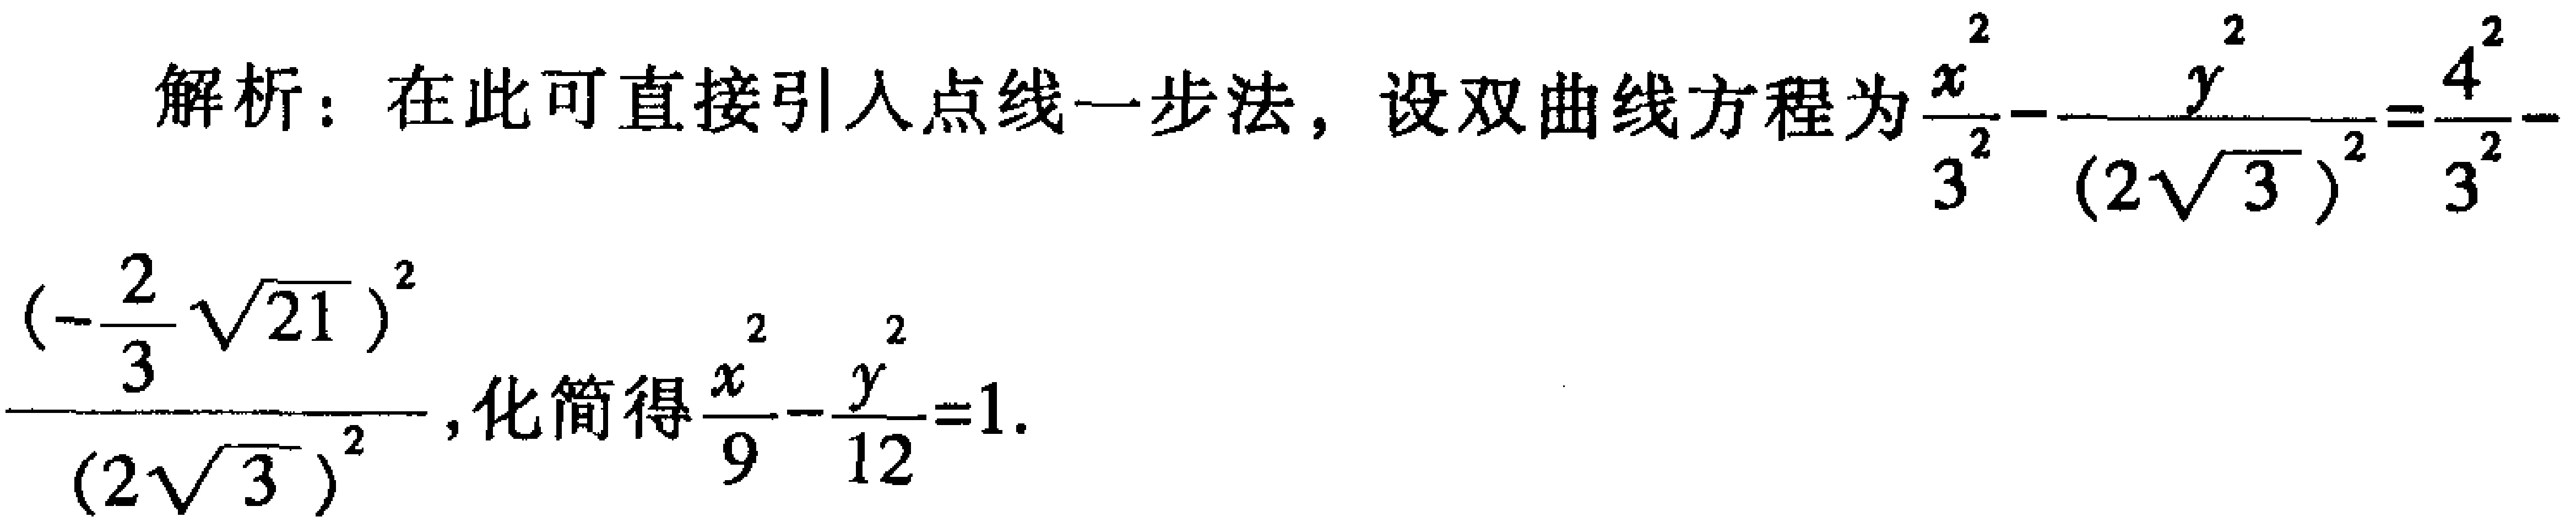
解析：在此可直接引入点线一步法，设双曲线方程为$\frac{x^{2}}{3^{2}} - \frac{y^{2}}{(2\sqrt{3})^{2}} = \frac{4^{2}}{3^{2}} - \frac{(-\frac{2}{3}\sqrt{21})^{2}}{(2\sqrt{3})^{2}}$，化简得$\frac{x^{2}}{9} - \frac{y^{2}}{12} = 1$.